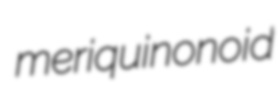
meriquinonoid